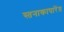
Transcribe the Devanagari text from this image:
स्तनाकापारेंत